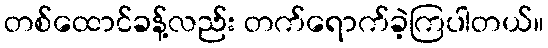
တစ်ထောင်ခန့်လည်း တက်ရောက်ခဲ့ကြပါတယ်။